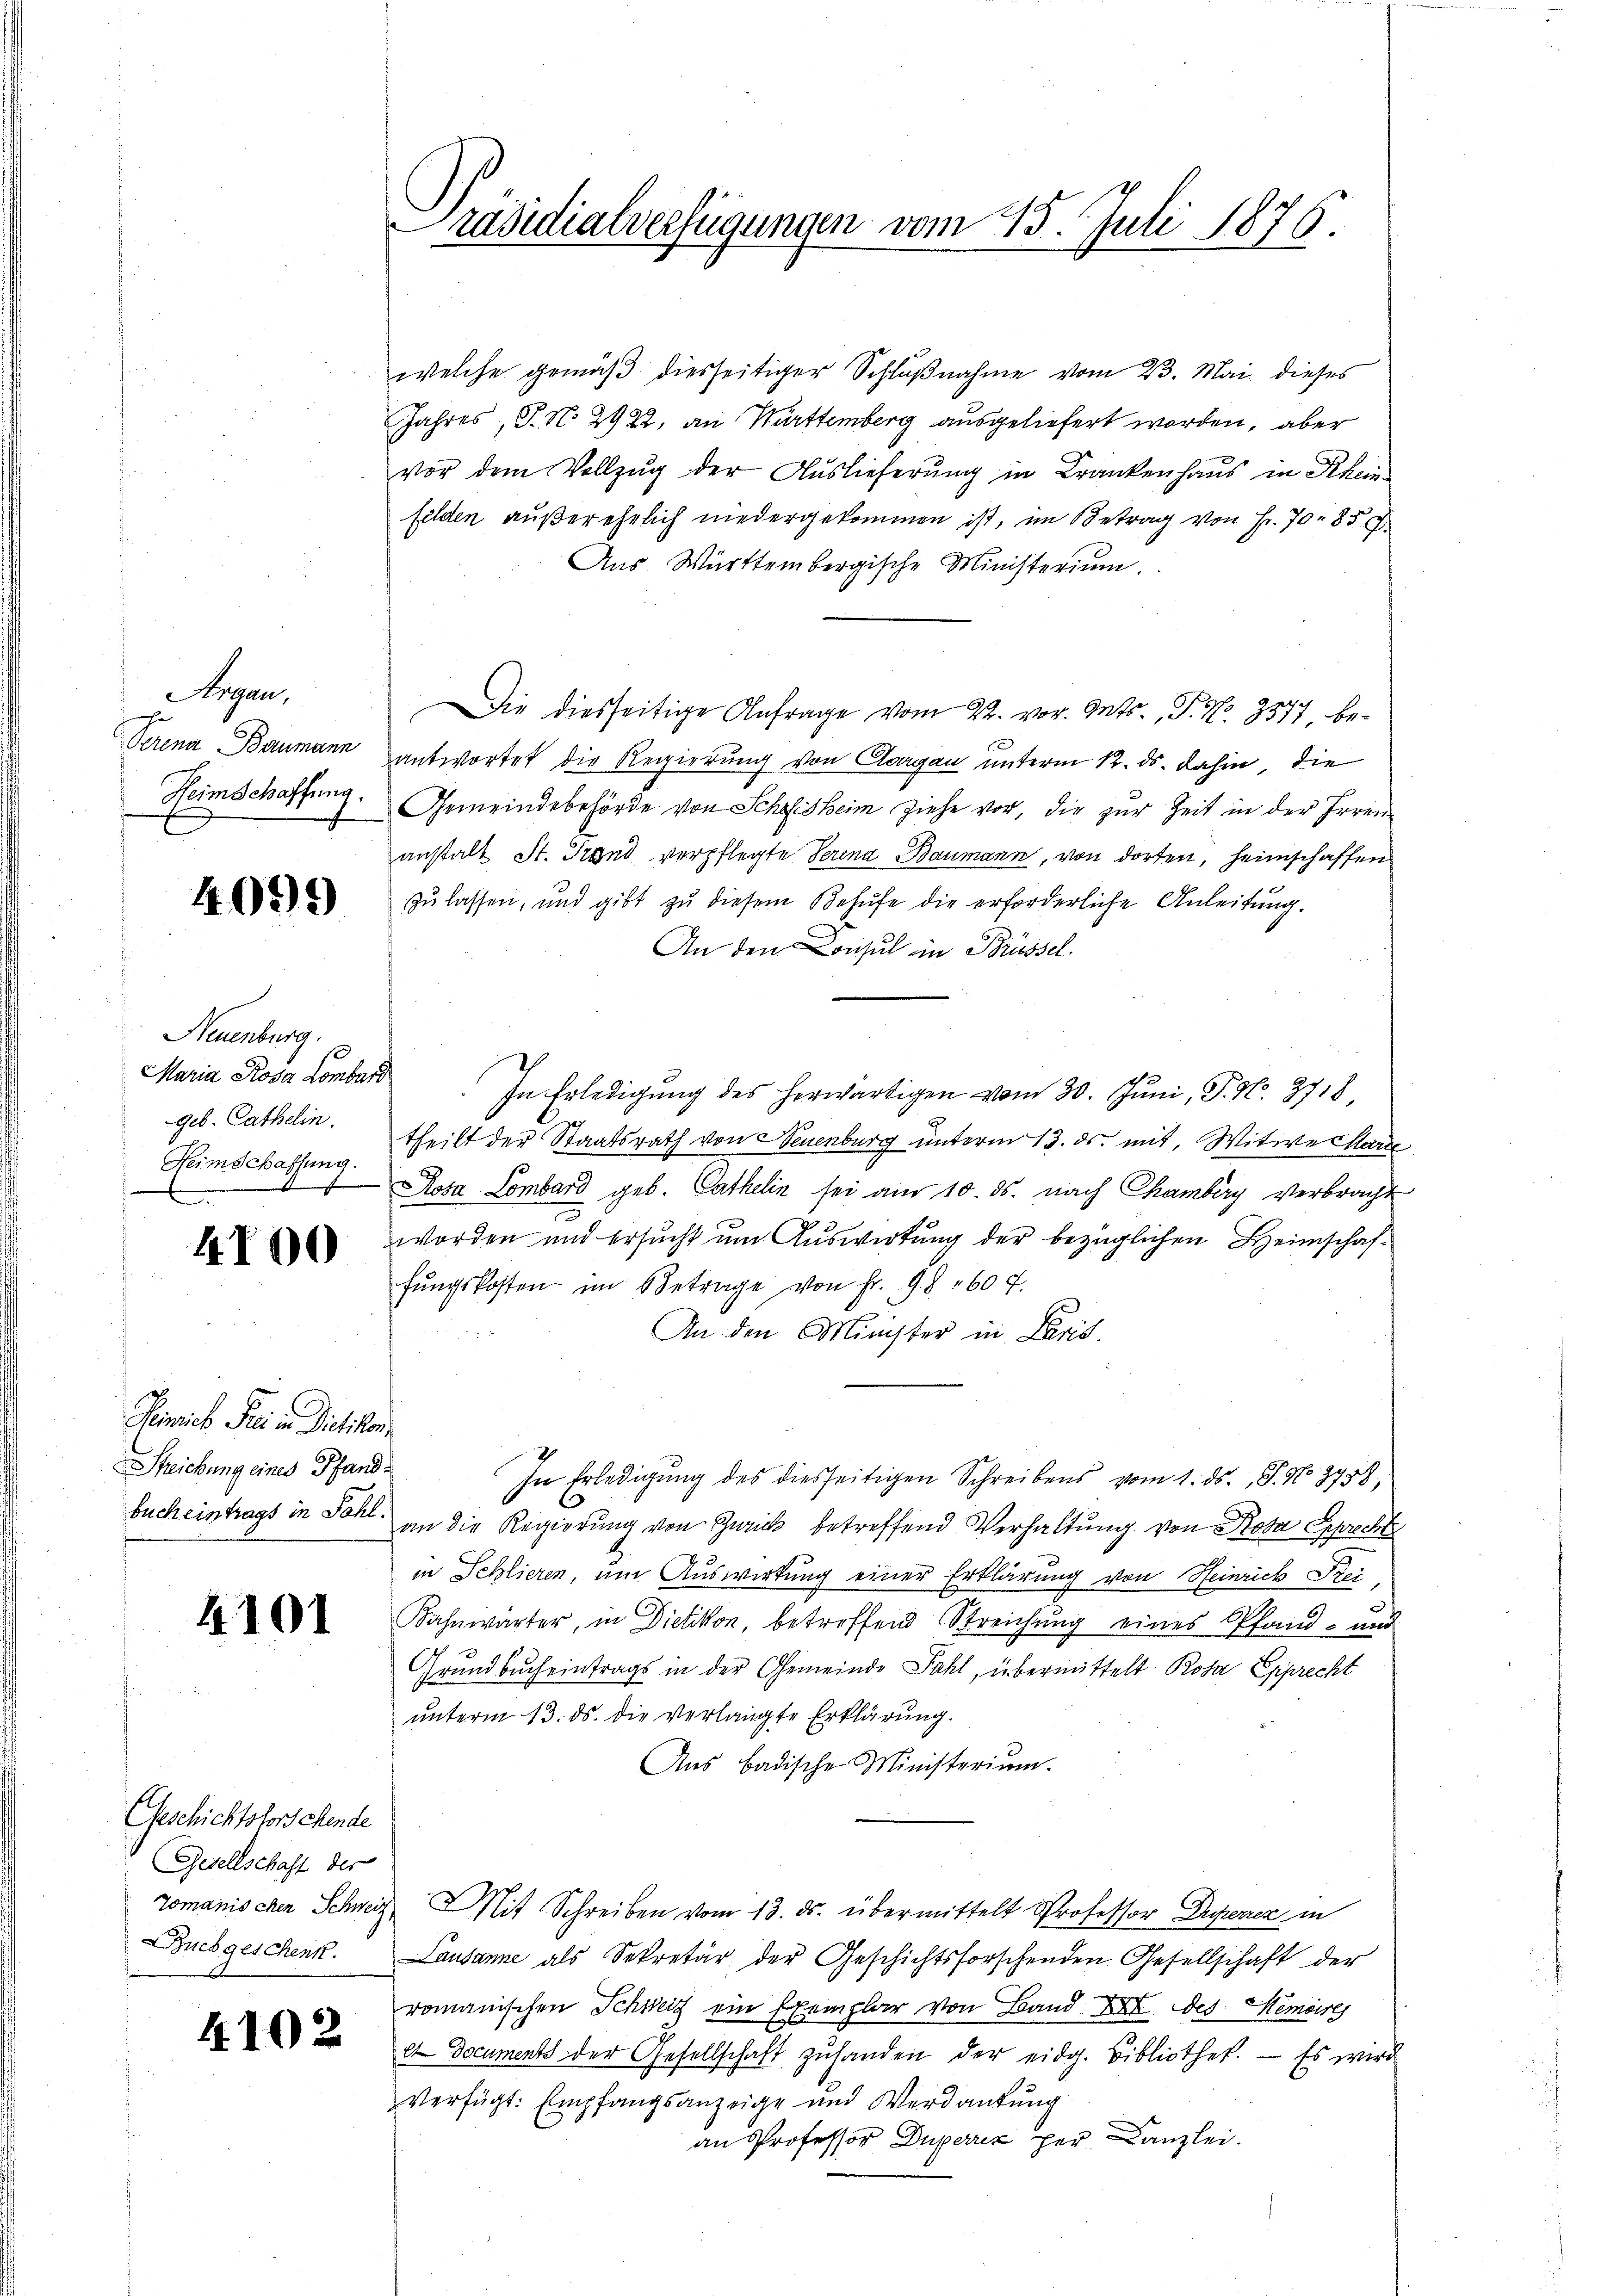
Argau,
Perena Baumann
Heimschaffung.

4099

Sheuenburg.
Maria Rosa Lombard
geb. Cathelin.
Heimschaffung.

4100

Pensich Frei in Dietikon,
Streichung eines Pfand¬

4101

welche gemäß diesseitiger Schlußnahme vom 23. Mai dieses
Jahres, P. N. 2922, an Württemberg ausgeliefert worden, aber
vor dem Vollzug der Auslieferung in Krankenhaus in Rheinfelden außerehelich niedergekommen ist, im Betrag von Fr. 70. 85
Aus Württembergische Ministerium.
Die diesseitige Anfrage vom 22. vor. Mts., P. Nr. 3577, beantwortet die Regierung von Clagan unterm 12. ds. dahin die
Gemeindebehörde von Schosheim ziehe vor, die zur Zeit in der Irren
anstalt St. Stand verpflegte Serena Baumann, von dorten, heimschaffen
zu lassen, und gibt zŭ diesem Behufe die erforderliche Anleitung.
An den Consul in Brüssel.
10
In Erledigung des herwärtigen vom 30. Juni, P. No. 3718
theilt der Staatsrath von Neuenburg unterm 13. ds. mit, Witwe Marie
Rosa Lombard geb. Cathelin sei am 10. ds. nach Chamberg Verbracht
7
worden und ersucht um Auswirkung der bezüglichen Heimschaffŭngskosten im Betrage von Fr. 98. 607.
An den Minister in Paris.
In Erledigung des diesseitigen Schreibens vom 1. ds. J. No. 3928,
s
bucheintrags in Soll an die Regierung von Zürich betreffend Verhaltung von Rosa Sprechte
in Schlieren, um Auswirkung einer Erklärung von Heinrich Frei
Fahnwärter, in Dietikon, betreffend Streichung eines Pfand- und
Grundbucheintrags in der Gemeinde Fahl, übermittelt Rosa Epprecht
unterm 13. ds. die verlangte Erklärung.
Aus Badische Ministerium.
Tomanischen Schweiz Mit Schreiben vom 13. ds. übermittelt Professor Duperien in
Rückgeschenk. Lausanne als Sekretär der Geschichtsforschenden Gesellschaft der
romanischen Schweiz ein Exemplar von Band XXII. Des Memoires
et Documents der Gesellschaft zŭhanden der eidg. Bibliothek. — Es wird
verfügt: Empfangsanzeige und Verdankung
an Professor Duperrez per Canzlei.

Geschichtsforschende
Gesellschaft der

4102

Präsidialverfügungen vom 25. Juli 1876.